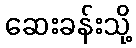
ဆေးခန်းသို့